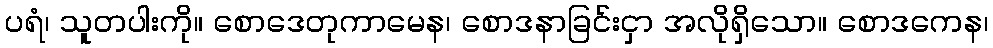
ပရံ၊ သူတပါးကို။ စောဒေတုကာမေန၊ စောဒနာခြင်းငှာ အလိုရှိသော။ စောဒကေန၊